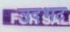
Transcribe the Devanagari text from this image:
उदभट